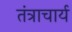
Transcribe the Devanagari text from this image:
तंत्राचार्य